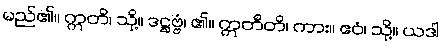
မည်၏။ ဣတိ၊ သို့။ ဒဋ္ဌဗ္ဗံ၊ ၏။ ဣတီတိ၊ ကား။ ဧဝံ၊ သို့။ ယဒါ